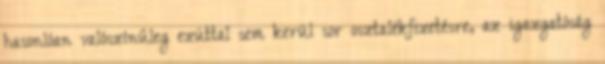
hasonlóan valószínűleg ezúttal sem kerül sor osztalékfizetésre, az igazgatóság